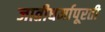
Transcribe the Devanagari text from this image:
जातीधर्मापूरती